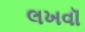
લખવૉ